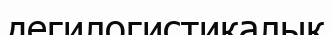
дегилогистикалық